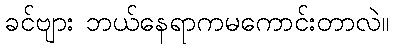
ခင်ဗျား ဘယ်နေရာကမကောင်းတာလဲ။